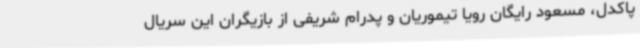
پاکدل، مسعود رایگان رویا تیموریان و پدرام شریفی از بازیگران این سریال